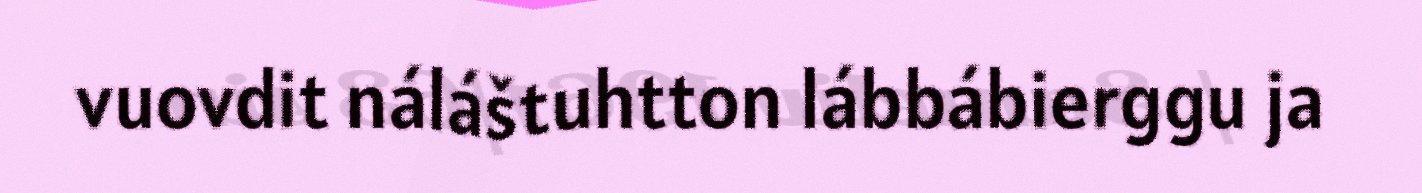
vuovdit náláštuhtton lábbábierggu ja